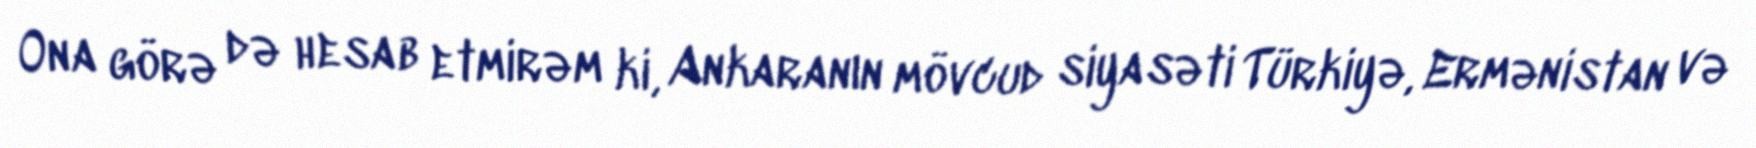
Ona görə də hesab etmirəm ki, Ankaranın mövcud siyasəti Türkiyə, Ermənistan və